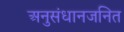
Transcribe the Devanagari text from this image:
अनुसंधानजनित